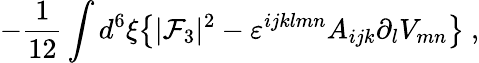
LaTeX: -{\frac{1}{12}}\int d^{6}\xi\big\{ |{\cal F}_{3}|^{2}-\varepsilon^{ijklmn}A_{ijk}\partial_{l}V_{mn}\big\} \ ,